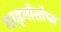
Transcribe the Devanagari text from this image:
माइमोसॉप्स